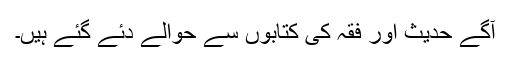
آگے حدیث اور فقہ کی کتابوں سے حوالے دئے گئے ہیں۔